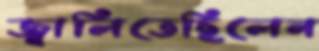
জ্বালিতেছিলেন